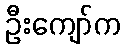
ဦးကျော်က